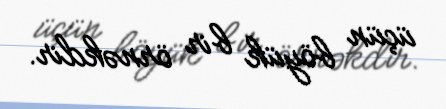
üçün böyük bir örnəkdir.